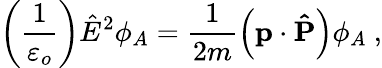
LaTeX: \left(\frac{1}{\varepsilon_{o}}\right)\hat{E}^{2}\phi_{A}=\frac{1}{2m}\left(\mathbf{p}\cdot\mathbf{\hat{P}}\right)\phi_{A}\ ,